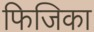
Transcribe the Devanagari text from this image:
फिजिका